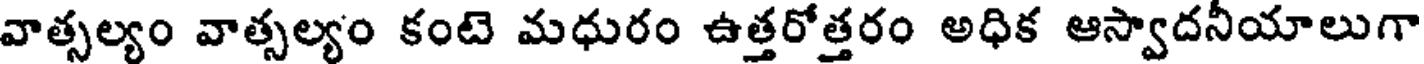
వాత్సల్యం వాత్సల్యం కంటె మధురం ఉత్తరోత్తరం అధిక ఆస్వాదనీయాలుగా